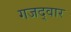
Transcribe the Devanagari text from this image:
गजद्वार